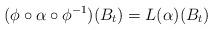
LaTeX: \begin{align*}(\phi \circ \alpha\circ \phi^{-1})(B_t)= L(\alpha)(B_t)\end{align*}